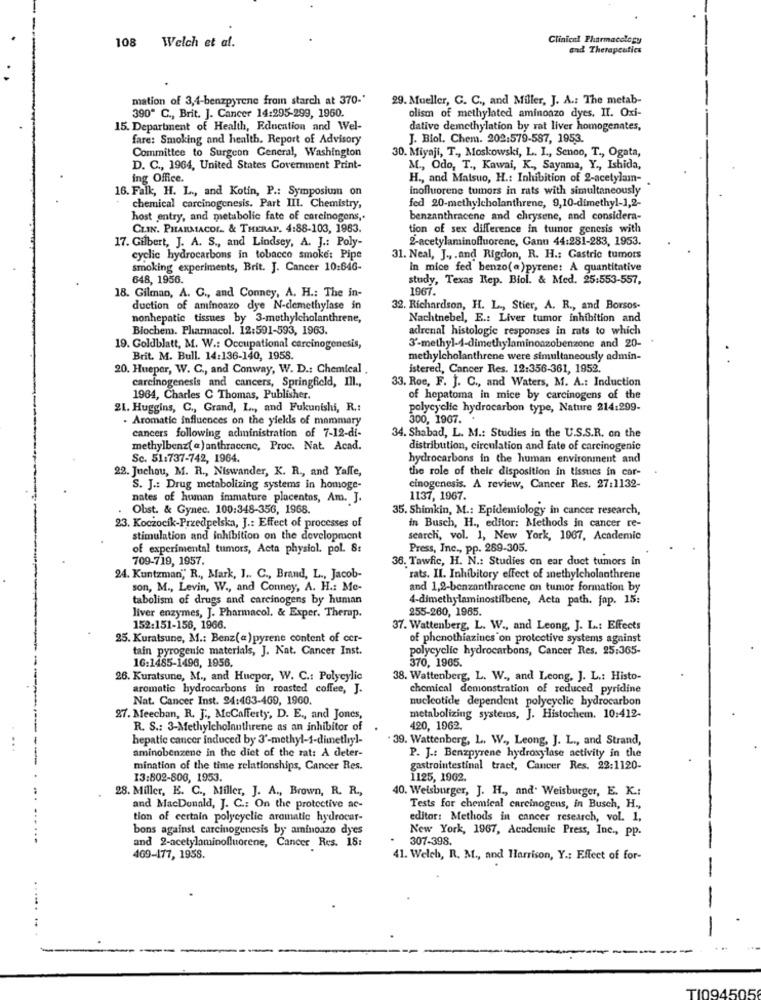
108
Welch et al.
Clinical Pharmacology
and Therapeutics
mation of 3,4-benzpyrene from starch at 370-"
29. Mueller, C. C ., and Miller, J. A .: The metab-
390" C ., Brit. J. Cancer 14:295-299, 1960.
olism of methylated aminoazo dyes. II. Oxi-
15. Department of Health, Education and Wel-
dative demethylation by rat liver homogenates,
fare: Smoking and health. Report of Advisory
J. Biol. Chem. 202:579-587, 1953.
Committee to Surgeon General, Washington
30. Miyaji, T ., Moskowski, L. I ., Senoo, T ., Ogata,
D. C ., 1964, United States Government Print-
M ., Odo, T ., Kawai, K ., Sayama, Y ., Ishida,
ing Office.
H ., and Matsuo, H .: Inhibition of 2-acetylam-
16. Falk, H. L ., and Kotin, P .: Symposium on
inofluorene tumors in rats with simultaneously
chemical carcinogenesis. Part III. Chemistry,
fed 20-methylcholanthrene, 9,10-dimethyl-1,2-
host entry, and metabolic fate of careinogens,
benzanthracene and chrysene, and considera-
CLIN. PHARMACOL. & THERAT. 4:88-103, 1983.
tion of sex difference in tumor genesis with
2-acetylaminofluorenc, Ganu 44:281-283, 1953.
17. Gilbert, J. A. S ., and Lindsey, A. J .: Poly-
cyclic hydrocarbons in tobacco smoke: Pipe
31. Neal, J ., . and Rigdon, R. H .: Gastric tumors
smoking experiments, Brit. J. Cancer 10:646-
in mice fed benzo(a)pyrene: A quantitative
648, 1956.
study, Texas Rep. Biol. & Med. 25:553-557,
1967.
18. Gilman, A. C ., and Conney, A. H .: The in-
duction of aminoazo dye N-clemethylase in
32. Richardson, H. L ., Stier, A. R ., and Borsos-
nonhepatic tissues by 3-methylcholanthrene,
Nachtnebel, E .: Liver tumor inhibition and
Biochem. Pharmacol. 12:591-593, 1963.
adrenal histologie responses in rats to which
19. Goldblatt, M. W .: Occupational carcinogenesis,
3'-methyl-1-dimethylaminoazobenzone and 20-
Brit. M. Bull. 14:136-140, 1958.
methylcholanthrene were simultaneously admin-
20. Hueper, W. C ., and Conway, W. D .: Chemical
istered, Cancer Res. 12:356-361, 1952.
carcinogenesis and cancers, Springfield, Ill .,
33. Roe, F. J. C ., and Waters, M. A .: Induction
1964, Charles C Thomas, Publisher.
of hepatoma in mice by carcinogens of the
21. Huggins, C ., Grand, L ., and Fukunishi, R .:
polycyclic hydrocarbon type, Nature 214:299-
. Aromatic influences on the yiekis of mammary
300, 1967. .
cancers following administration of 7-12-di-
34. Shabad, L. M .: Studies in the U.S.S.R. on the
methylbenz( a) anthracene, Proc. Nat. Acad.
distribution, circulation and fate of carcinogenic
Sc. 51:737-742, 1964.
hydrocarbons in the human environment and
22. Juchou, M. R ., Niswander, K. R ., and Yaffe,
the role of their disposition in tissues in cor-
S. J .: Drug metabolizing systems in homoge-
cinogenesis. A review, Cancer Res. 27:1132-
nates of human immature placentos, Am. J.
1137, 1967.
Obst. & Gynec. 100:348-356, 1968.
35. Shimkin, M .: Epidemiology in cancer research,
23. Koczocík-Przedpelska, J .: Effect of processes of
in Busch, H ., editor: Methods in cancer re-
stimulation and inhibition on the development
search, vol. 1, New York, 1967, Academic
of experimental tumors, Acta physiol. pol. 8:
Press, Inc ., pp. 289-305.
709-719, 1957.
36. Tawfic, H. N .: Studies on ear duct tumors in
24. Kuntzman," R ., Mark, I .. C ., Brand, L ., Jacob-
rats. II. Inhibitory effect of methylcholanthrene
son, M ., Levin, W ., and Conney, A. H .: Me-
and 1,2-benzanthracene on tumor formation by
tabolism of drugs and carcinogens by human
4-dimethylaminostilbene, Acta path. fap. 15:
255-260, 1965.
liver enzymes, J. Pharmacol. & Exper. Therap.
152:151-156, 1966.
37. Wattenberg, L. W ., and Leong, J. L .: Effects
25. Kuratsune, M .: Benz(a)pyrene content of cer-
of phenothiazines on protective systems against
tain pyrogenie materials, J. Nat. Cancer Inst.
polycyclic hydrocarbons, Cancer Res. 25:365-
16:1485-1496, 1956.
370, 1965.
26. Kuratsune, M ., and Hueper, W. C .: Polycylic
38. Wattenberg, L. W ., and Leong, J. L .: Histo-
aromatic hydrocarbons in roasted coffee, J.
chemical demonstration of reduced pyridine
Nat. Cancer Inst. 24:463-469, 1960.
nucleotide dependent polycyclic hydrocarbon
27. Meechan, R. J ., McCafferty, D. E ., and Jones,
metabolizing systems, J. Histochem. 10:412-
R. S .: 3-Methylcholauthrene as an inhibitor of
420, 1962.
hepatic cancer induced by 3'-methyl-1-dimethyl-
39. Wattenberg, L. W ., Leong, J. L ., and Strand,
aminobenzene in the diet of the rat: A deter-
-
P. J .: Benzpyrene hydroxylase activity in the
mination of the time relationships, Cancer Res.
gastrointestinal tract, Cancer Res. 22:1120-
13:802-806, 1953.
1125, 1962.
28. Miller, E. C ., Miller, J. A ., Brown, R. R .,
40. Welsburger, J. H ., and. Weisburger, E. K .:
and MacDonald, J. C .: On the protective ac-
Tests for chemical carcinogens, in Busch, H .,
tion of certain polycyclic aromatic hydrocar-
editor: Methods in cancer research, vol. 1,
bons against carcinogenesis by aminoazo dyes
New York, 1967, Academic Press, Inc ., pp.
and 2-acetylaminofluorene, Cancer Res. 18:
.
307-398.
469-177, 1958.
41. Welch, R. M ., and Harrison, Y .: Effect of for-
....
-
TI094505